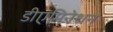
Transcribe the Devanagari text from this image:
डीएमिनेशन